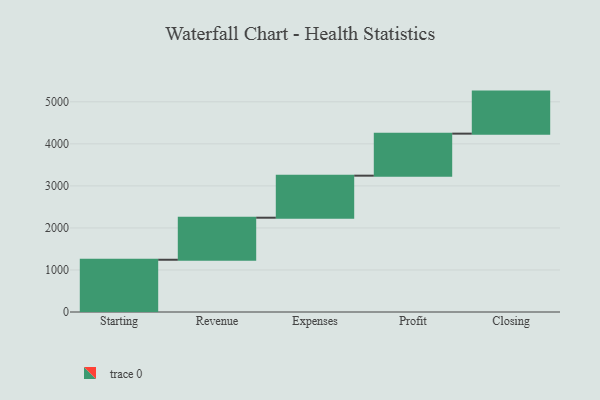
{"axis": {"x": "Step", "y": "Value"}, "legend": [""], "data": [{"x": "Starting", "y": 1243.0, "type": ""}, {"x": "Revenue", "y": 1000, "type": ""}, {"x": "Expenses", "y": 1000, "type": ""}, {"x": "Profit", "y": 1000, "type": ""}, {"x": "Closing", "y": 1000, "type": ""}]}